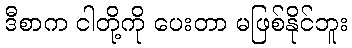
ဒီစာက ငါတို့ကို ပေးတာ မဖြစ်နိုင်ဘူး